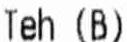
TEH (B)